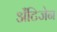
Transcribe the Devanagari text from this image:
ॲंटिजेन